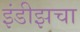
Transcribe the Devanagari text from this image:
इंडीझचा